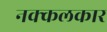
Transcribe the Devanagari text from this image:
नक्कलकार